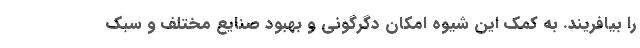
را بیافریند. به کمک این شیوه امکان دگرگونی و بهبود صنایع مختلف و سبک